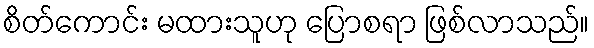
စိတ်ကောင်း မထားသူဟု ပြောစရာ ဖြစ်လာသည်။